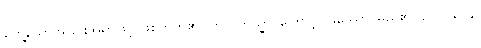
တွေ့သောအခြင်းအရာဖြင့် ဖြစ်တတ်၏။ ဣတိတသ္မာ၊ ကြောင့်။ ဖဿော၊ မည်၏။ ဥပသဂ္ဂေန၊